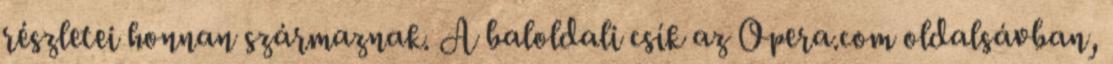
részletei honnan származnak. A baloldali csík az Opera.com oldalsávban,